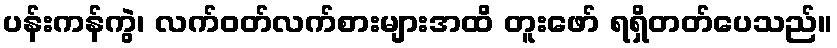
ပန်းကန်ကွဲ၊ လက်ဝတ်လက်စားများအထိ တူးဖော် ရရှိတတ်ပေသည်။